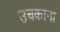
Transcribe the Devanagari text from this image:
उचकाना